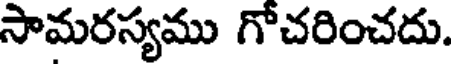
సామరస్యము గోచరించదు.